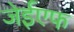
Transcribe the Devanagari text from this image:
जेईएफ